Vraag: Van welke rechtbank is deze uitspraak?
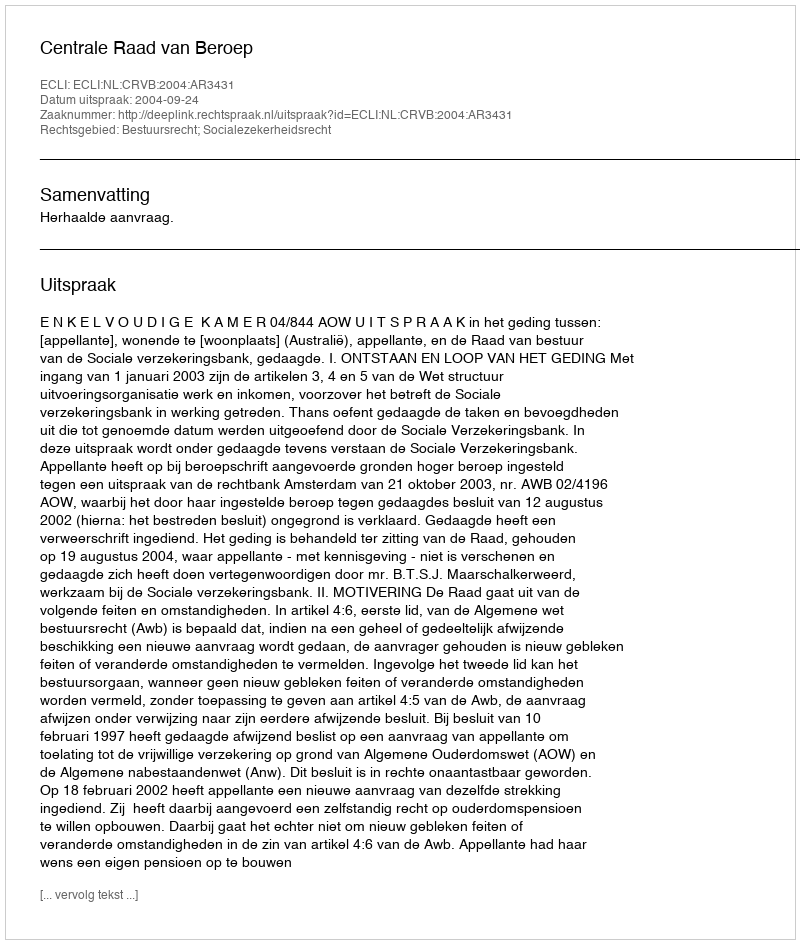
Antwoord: Centrale Raad van Beroep